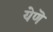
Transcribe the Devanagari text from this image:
येणॆ